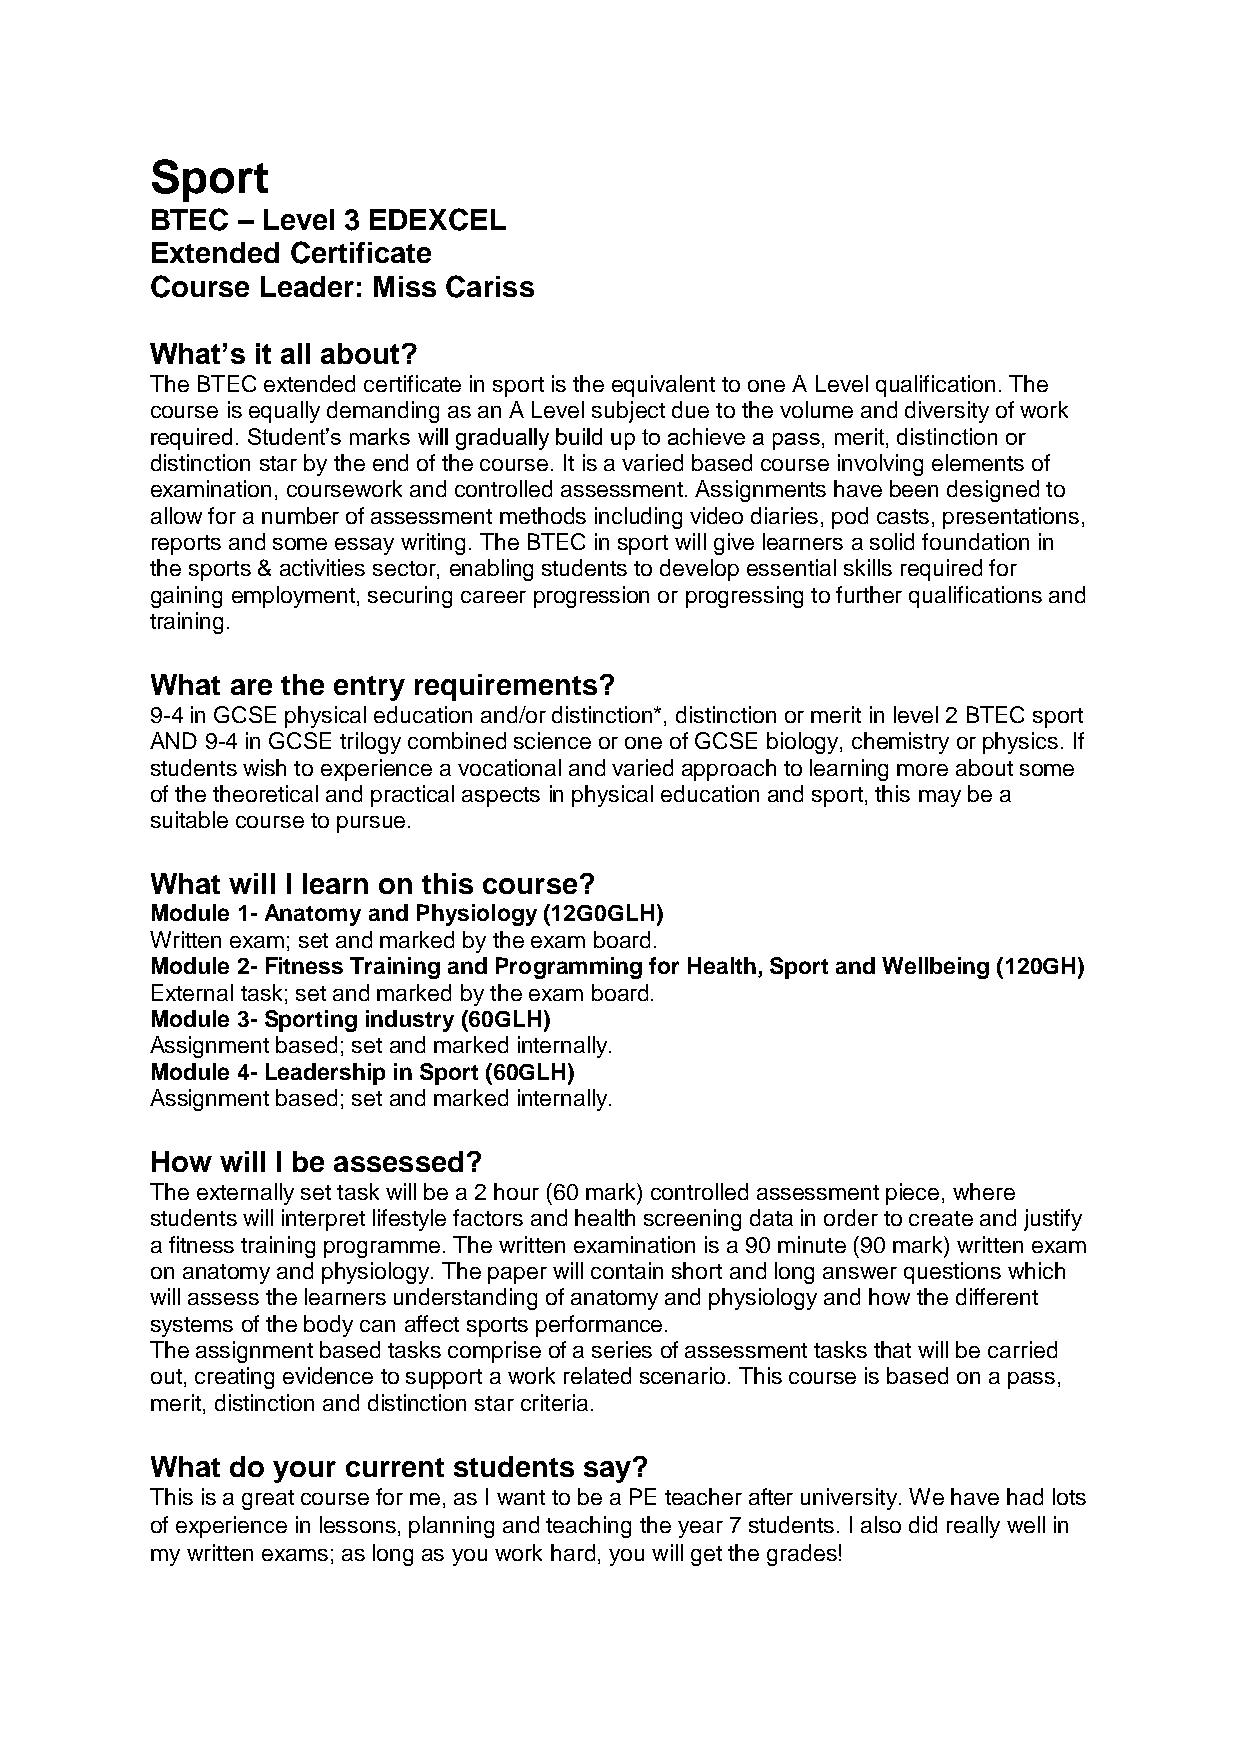
Sport
 BTEC  – Level 3 EDEXCEL
 Extended Certificate
 Course Leader: Miss Cariss
 What’s it all about?
 The BTEC extended certificate in sport is the equivalent to one A Level qualification. The
 course is equally demanding as an A Level subject due to the volume and diversity of work
 required. Student’s marks will gradually build up to achieve a pass, merit, distinction or
 distinction star by the end of the course. It is a varied based course involving elements of
 examination, coursework and controlled assessment. Assignments have been designed to
 allow for a number of assessment methods including video diaries, pod casts, presentations,
 reports and some essay writing. The BTEC in sport will give learners a solid foundation in
 the sports & activities sector, enabling students to develop essential skills required for
 gaining employment, securing career progression or progressing to further qualifications and
 training.
 What are the entry requirements?
 9-4 in GCSE physical education and/or distinction*, distinction or merit in level 2 BTEC sport
 AND 9-4 in GCSE trilogy combined science or one of GCSE biology, chemistry or physics. If
 students wish to experience a vocational and varied approach to learning more about some
 of the theoretical and practical aspects in physical education and sport, this may be a
 suitable course to pursue.
 What will I learn on this course?
 Module 1- Anatomy and Physiology (12G0GLH)
 Written exam; set and marked by the exam board.
 Module 2- Fitness Training and Programming for Health, Sport and Wellbeing (120GH)
 External task; set and marked by the exam board.
 Module 3- Sporting industry (60GLH)
 Assignment based; set and marked internally.
 Module 4- Leadership in Sport (60GLH)
 Assignment based; set and marked internally.
 How  will I be assessed?
 The externally set task will be a 2 hour (60 mark) controlled assessment piece, where
 students will interpret lifestyle factors and health screening data in order to create and justify
 a fitness training programme. The written examination is a 90 minute (90 mark) written exam
 on anatomy and physiology. The paper will contain short and long answer questions which
 will assess the learners understanding of anatomy and physiology and how the different
 systems of the body can affect sports performance.
 The assignment based tasks comprise of a series of assessment tasks that will be carried
 out, creating evidence to support a work related scenario. This course is based on a pass,
 merit, distinction and distinction star criteria.
 What do your current students say?
 This is a great course for me, as I want to be a PE teacher after university. We have had lots
 of experience in lessons, planning and teaching the year 7 students. I also did really well in
 my written exams; as long as you work hard, you will get the grades!